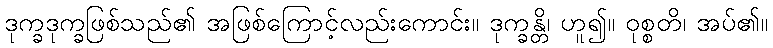
ဒုက္ခဒုက္ခဖြစ်သည်၏ အဖြစ်ကြောင့်လည်းကောင်း။ ဒုက္ခန္တိ၊ ဟူ၍။ ဝုစ္စတိ၊ အပ်၏။